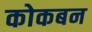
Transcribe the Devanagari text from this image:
कोकबन